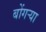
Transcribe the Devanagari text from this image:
बोंगऱ्या